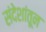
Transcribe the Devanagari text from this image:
संदेशांतून